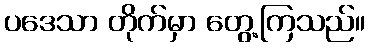
ပဒေသာ တိုက်မှာ တွေ့ကြသည်။